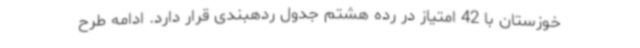
خوزستان با 42 امتیاز در رده هشتم جدول ردهبندی قرار دارد. ادامه طرح